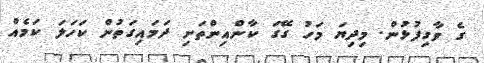
ގެ ވާގިފުޅުން. މިދިޔަ މަހު ގޭގަ ކާންއިންތަށި ދަމައިގަތުން ކަހަލަ ކަމެއް